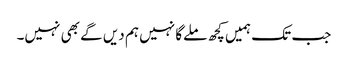
جب تک ہمیں کچھ ملےگا نہیں ہم دیں گے بھی نہیں۔